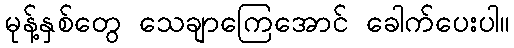
မုန့်နှစ်တွေ သေချာကြေအောင် ခေါက်ပေးပါ။